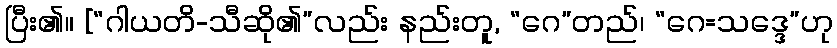
ပြီး၏။ [“ဂါယတိ-သီဆို၏”လည်း နည်းတူ, “ဂေ”တည်၊ “ဂေ=သဒ္ဒေ”ဟု